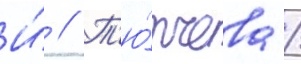
И́ // Т'ю́тчева /